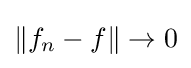
\|f_{n}-f\|\to 0